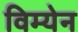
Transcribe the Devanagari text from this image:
विम्येन